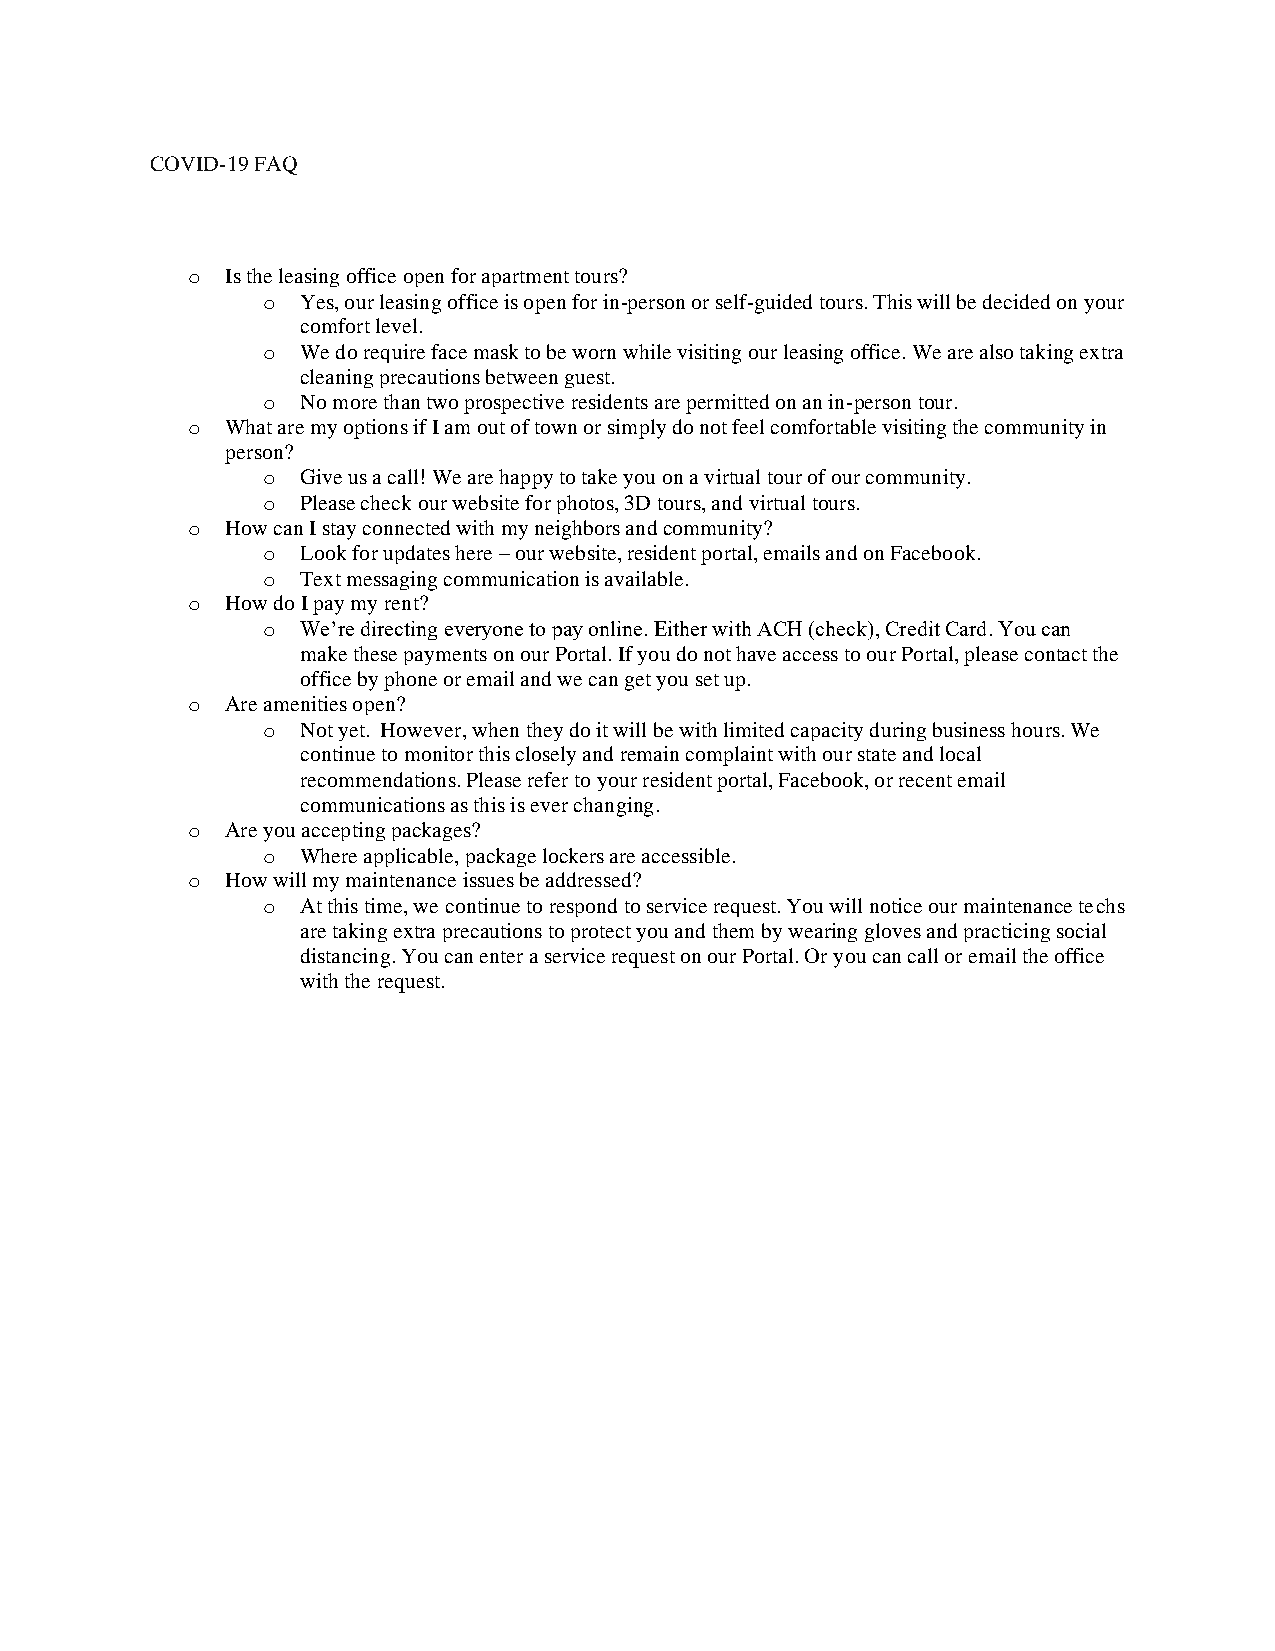
COVID-19 FAQ
 o  Is the leasing office open for apartment tours?
 o  Yes, our leasing office is open for in-person or self-guided tours. This will be decided on your
 comfort level.
 o  We do require face mask to be worn while visiting our leasing office. We are also taking extra
 cleaning precautions between guest.
 o  No more than two prospective residents are permitted on an in-person tour.
 o  What are my options if I am out of town or simply do not feel comfortable visiting the community in
 person?
 o  Give us a call! We are happy to take you on a virtual tour of our community.
 o  Please check our website for photos, 3D tours, and virtual tours.
 o  How can I stay connected with my neighbors and community?
 o  Look for updates here – our website, resident portal, emails and on Facebook.
 o  Text messaging communication is available.
 o  How do I pay my rent?
 o  We’re directing everyone to pay online. Either with ACH (check), Credit Card. You can
 make these payments on our Portal. If you do not have access to our Portal, please contact the
 office by phone or email and we can get you set up.
 o  Are amenities open?
 o  Not yet. However, when they do it will be with limited capacity during business hours. We
 continue to monitor this closely and remain complaint with our state and local
 recommendations. Please refer to your resident portal, Facebook, or recent email
 communications as this is ever changing.
 o  Are you accepting packages?
 o  Where applicable, package lockers are accessible.
 o  How will my maintenance issues be addressed?
 o  At this time, we continue to respond to service request. You will notice our maintenance techs
 are taking extra precautions to protect you and them by wearing gloves and practicing social
 distancing. You can enter a service request on our Portal. Or you can call or email the office
 with the request.